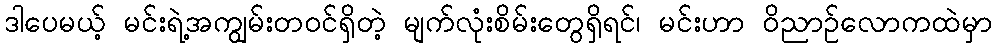
ဒါပေမယ့် မင်းရဲ့အကျွမ်းတဝင်ရှိတဲ့ မျက်လုံးစိမ်းတွေရှိရင်၊ မင်းဟာ ဝိညာဉ်လောကထဲမှာ